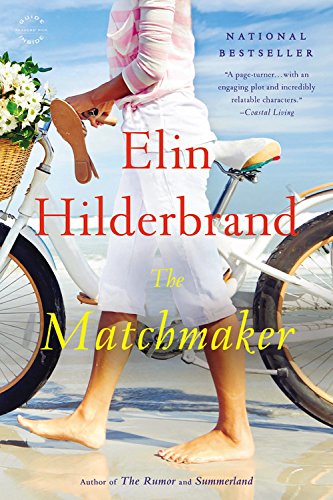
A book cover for The Matchmaker: A Novel; Elin Hilderbrand; Literature & Fiction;